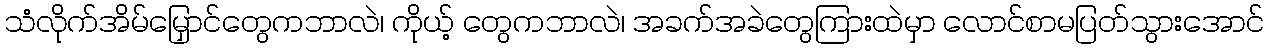
သံလိုက်အိမ်မြှောင်တွေကဘာလဲ၊ ကိုယ့် တွေကဘာလဲ၊ အခက်အခဲတွေကြားထဲမှာ လောင်စာမပြတ်သွားအောင်